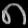
Digit: ၈